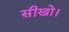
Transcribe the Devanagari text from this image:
सीखो।